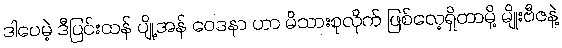
ဒါပေမဲ့ ဒီပြင်းထန် ပျို့အန် ဝေဒနာ ဟာ မိသားစုလိုက် ဖြစ်လေ့ရှိတာမို့ မျိုးဗီဇနဲ့